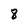
Character: 8